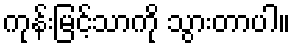
ကုန်းမြင့်သာကို သွားတာပါ။